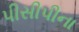
પીસીપીના